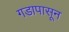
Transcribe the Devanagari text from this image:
गडापासून